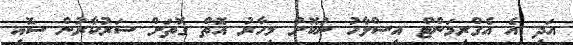
އަދި އެ އެގްރިމަންޓް އިސްލާހު ނުކޮށް މިހާރު އޮތް ގޮތަށް ސަރުކާރުން ސޮއި